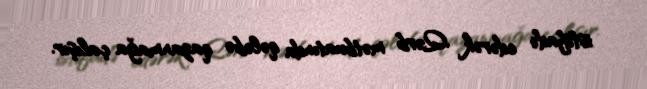
istifadə edərək Qərb mətbuatında qələbə qazanmağa çalışır.